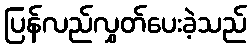
ပြန်လည်လွှတ်ပေးခဲ့သည်